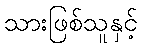
သားဖြစ်သူနှင့်